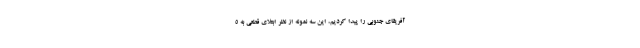
آفریقای جنوبی را پیدا کردیم، این سه نمونه از نظر ابتلای قطعی به ۵